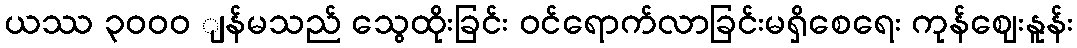
ယဿ ၃၀၀ဝ ျန်မသည် သွေထိုးခြင်း ဝင်ရောက်လာခြင်းမရှိစေရေး ကုန်ဈေးနူန်း